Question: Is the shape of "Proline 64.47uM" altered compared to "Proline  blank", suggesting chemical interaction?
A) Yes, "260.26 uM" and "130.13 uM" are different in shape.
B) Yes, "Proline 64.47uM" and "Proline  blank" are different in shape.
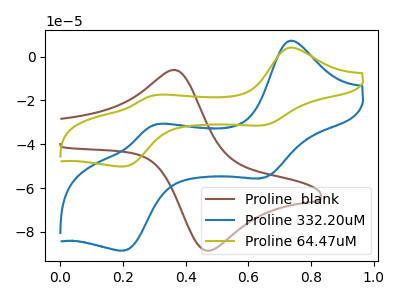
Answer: <think>The brown curve "Proline  blank" has an anodic peak at (0.35V, -6.10uA) and a cathodic peak at (0.50V, -88.50uA). The blue curve "Proline 332.20uM" has anodic peaks at (0.75V, 7.10uA) (0.30V, -31.35uA) and cathodic peaks at (0.65V, -55.40uA) (0.20V, -88.50uA). The olive curve "Proline 64.47uM" has anodic peaks at (0.75V, 4.00uA) (0.30V, -17.75uA) and cathodic peaks at (0.65V, -31.40uA) (0.20V, -50.15uA).
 "Proline 64.47uM" and "Proline  blank" have a different number of peaks.</think>
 <answer>B) Yes, "Proline 64.47uM" and "Proline  blank" are different in shape.</answer>
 <eval>B</eval>